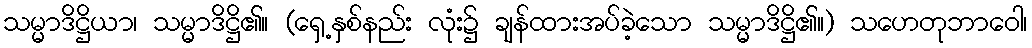
သမ္မာဒိဋ္ဌိယာ၊ သမ္မာဒိဋ္ဌိ၏။ (ရှေ့နှစ်နည်း လုံး၌ ချန်ထားအပ်ခဲ့သော သမ္မာဒိဋ္ဌိ၏။) သဟေတုဘာဝေါ၊